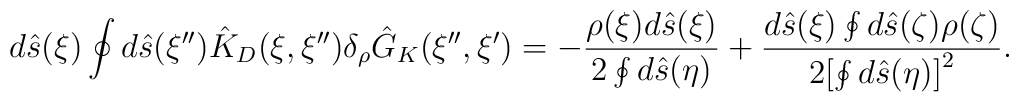
d\hat{s}(\xi)\oint{d}\hat{s}(\xi''){\hat{K}_D}(\xi,\xi''){\delta_{\rho}}{\hat{G}_K}(\xi'',\xi')=-{{\rho(\xi)d\hat{s}(\xi)}\over{2\oint{d}\hat{s}(\eta)}}+{{d\hat{s}(\xi)\oint{d}\hat{s}(\zeta)\rho(\zeta)}\over{2{{\left[\oint{d}\hat{s}(\eta)\right]}^2}}}.